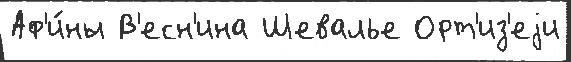
Аф'и́ны В'есн'ина Шевалье Орт'из'еjи